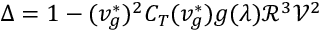
\Delta = 1 - ( v _ { g } ^ { \ast } ) ^ { 2 } C _ { T } ( v _ { g } ^ { \ast } ) g ( \lambda ) \mathscr { R } ^ { 3 } \mathscr { V } ^ { 2 }